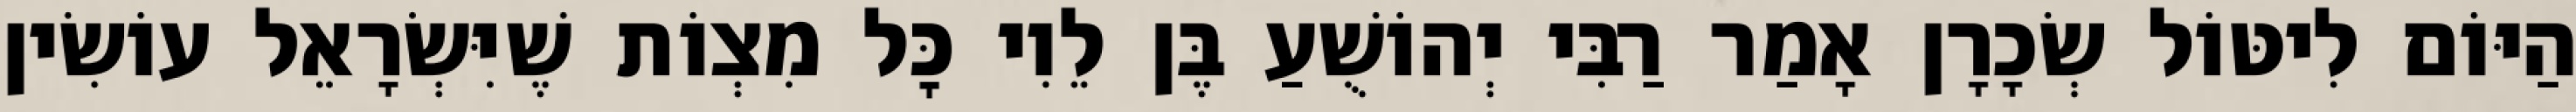
הַיּוֹם לִיטּוֹל שְׂכָרָן אָמַר רַבִּי יְהוֹשֻׁעַ בֶּן לֵוִי כׇּל מִצְוֹת שֶׁיִּשְׂרָאֵל עוֹשִׂין